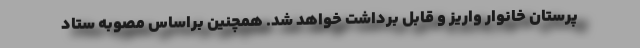
پرستان خانوار واریز و قابل برداشت خواهد شد. همچنین براساس مصوبه ستاد